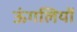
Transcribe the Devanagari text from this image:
ऊंगलियों